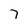
Character: 7